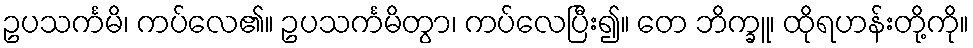
ဥပသင်္ကမိ၊ ကပ်လေ၏။ ဥပသင်္ကမိတွာ၊ ကပ်လေပြီး၍။ တေ ဘိက္ခူ၊ ထိုရဟန်းတို့ကို။